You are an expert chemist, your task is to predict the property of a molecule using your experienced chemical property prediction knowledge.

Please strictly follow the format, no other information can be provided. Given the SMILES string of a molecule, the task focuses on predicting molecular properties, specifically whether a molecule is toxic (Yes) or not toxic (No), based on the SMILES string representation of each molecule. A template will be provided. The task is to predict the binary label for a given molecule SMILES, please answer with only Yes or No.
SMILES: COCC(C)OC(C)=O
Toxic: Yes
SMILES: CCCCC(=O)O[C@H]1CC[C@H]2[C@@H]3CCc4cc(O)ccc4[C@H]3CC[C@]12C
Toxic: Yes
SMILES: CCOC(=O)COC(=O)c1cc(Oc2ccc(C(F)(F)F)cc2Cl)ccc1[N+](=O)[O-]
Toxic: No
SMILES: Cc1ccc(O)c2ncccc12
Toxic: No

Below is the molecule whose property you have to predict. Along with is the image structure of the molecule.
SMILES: COC(=O)c1cc(Cl)c(NC(C)=O)cc1OC
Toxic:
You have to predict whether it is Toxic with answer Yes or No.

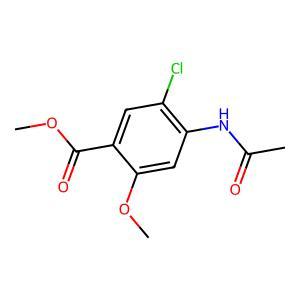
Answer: No